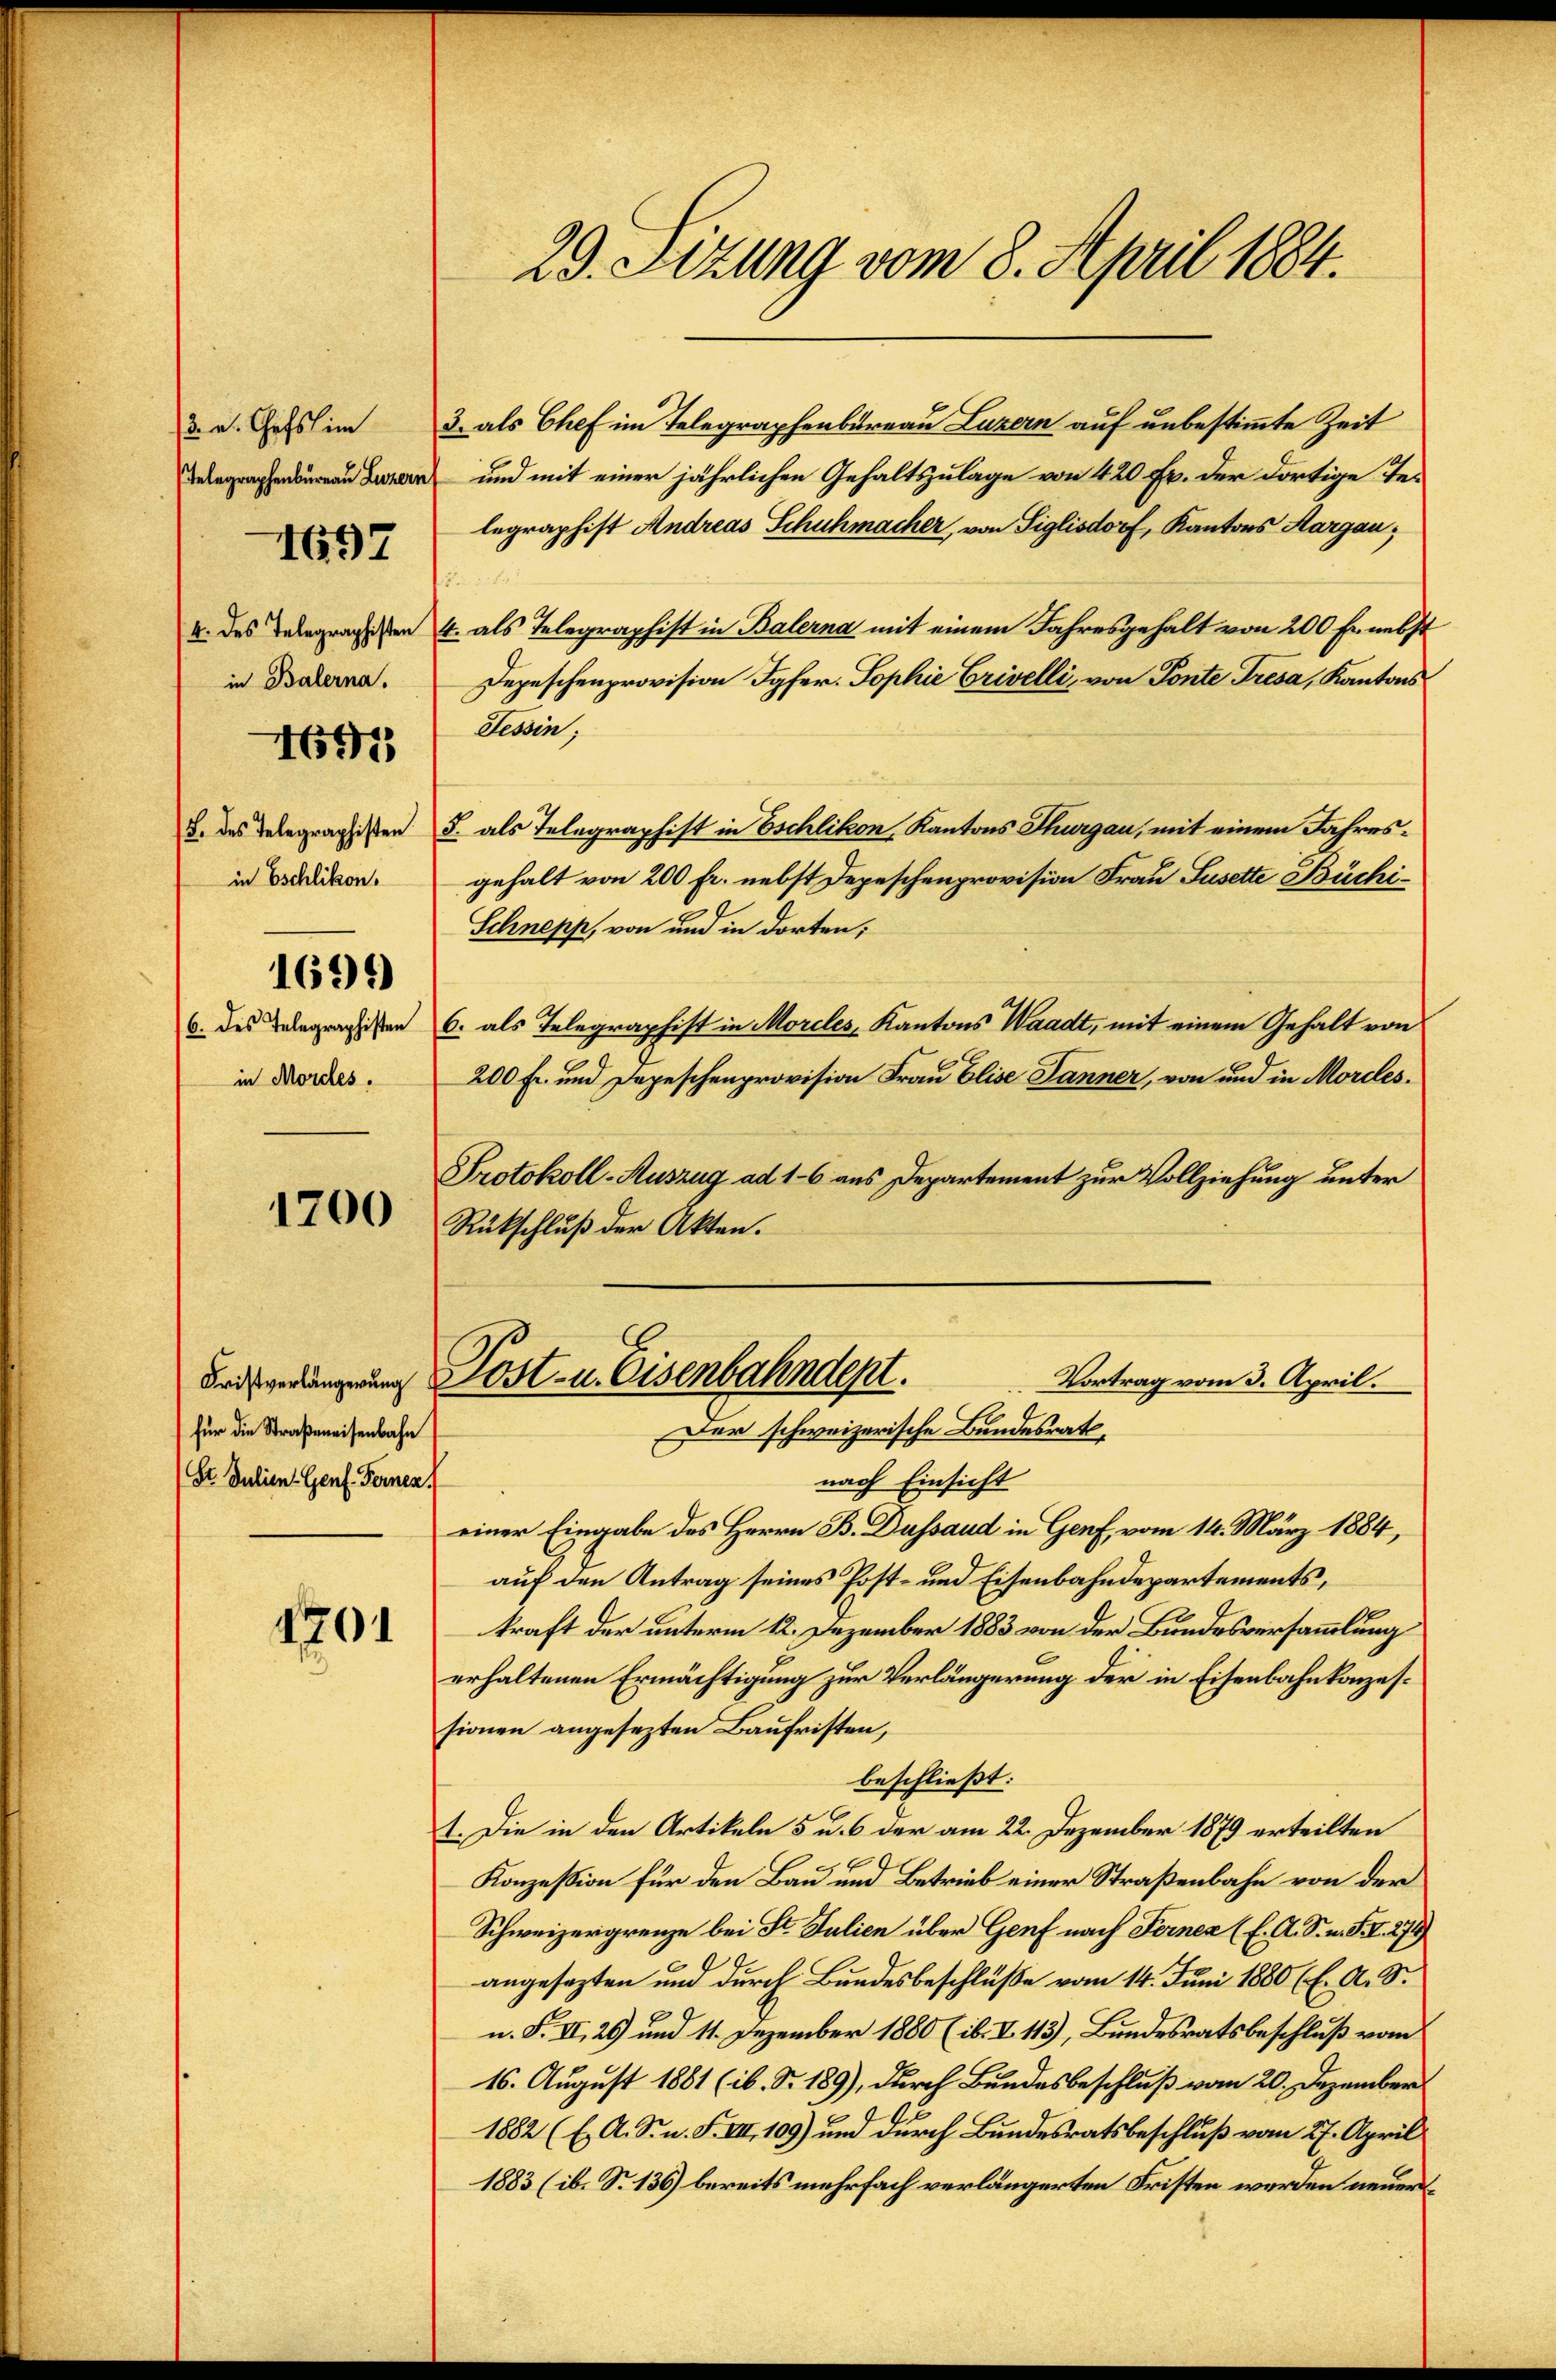
3. v. Chefs im
in Balerna.
in Eschlikon.
1694)
in Mordes.

1697

4671

1700

für die Straßeneisenbahn
(St. Julien Genf. Fernen.

4701

29. Sizung vom 8. April 1884.

3. als Chef im Telegraphenbureau Luzern auf unbestimmte Zeit
a und mit einer jährlichen Gehaltszulage von 420 Fr. der dortige Telegraphist Andreas Schuhmacher, von Siglisdorf, Kantons Aargau,
.
4. des Telegraphen 4. als Telegraphist in Balerna mit einem Jahresgehalt von 200 Er nebst
Depeschenprovision Igfer. Sophie Brivelli, von Ponte Tresa, Kantons
Tessin;
u. das Telegragisten §. als Telegraphist in Eschlikon, Kantons Thurgau, mit einem Jahresgehalt von 200 Fr. nebst Depeschenprovision Frau Susette Büchi¬
Schnepp, von und in dorten;
6. des Telegraphisten 6. als Telegraphist in Morcles Kantons Waadt, mit einem Gehalt von
200 Fr. und Depeschenprovision Frau Elise Jänner, von und in Morcles,
Protokoll-Auszug ad 16 aus Departement zur Vollziehung unter
Rückschluß der Akten.
Vortrag vom 3. April.
Badgeringung Post- u. Eisenbahndert.
Der schweizerische Bundesrath,
nach Einsicht
einer Eingabe des Herrn B. Dussaud in Genf, vom 14. März 1884,
auf den Antrag seines Post- und Eisenbahndepartements,
kraft der unterm 12. Dezember 1883 von der Bundesversammlung
erhaltenen Ermächtigung zur Verlängerung der in Eisenbahnkonzessionen angesezten Baufristen,
beschließt:
I. Die in den Artikeln 5 u. 6 der am 22. Dezember 1879 erteilten
Konzession für den Bau und Betrieb einer Straßenbahn von der
Schweizergrenze bei St. Julien über Genf nach Fernen (E. A. S. n. F. V 274)
angesezten und durch Bundesbeschlüße vom 14. Juni 1880 (E. A. S.
n. F. II, 29 und 11. Dezember 1880 (ib. V. 113), Bundesratsbeschluß vom
16. August 1881 (ib. S. 189), durch Bundesbeschluß vom 20. Dezember
1882 (E. A. S. n. F. VII 109) und durch Bundesratsbeschluß vom 27. April
1883 (ib. S. 136) bereits mehrfach verlängerten Fristen werden neuer¬